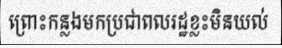
ព្រោះកន្លងមកប្រជាពលរដ្ឋខ្លះមិនយល់